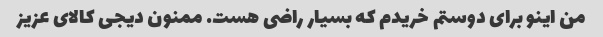
من اینو برای دوستم خریدم که بسیار راضی هست. ممنون دیجی کالای عزیز